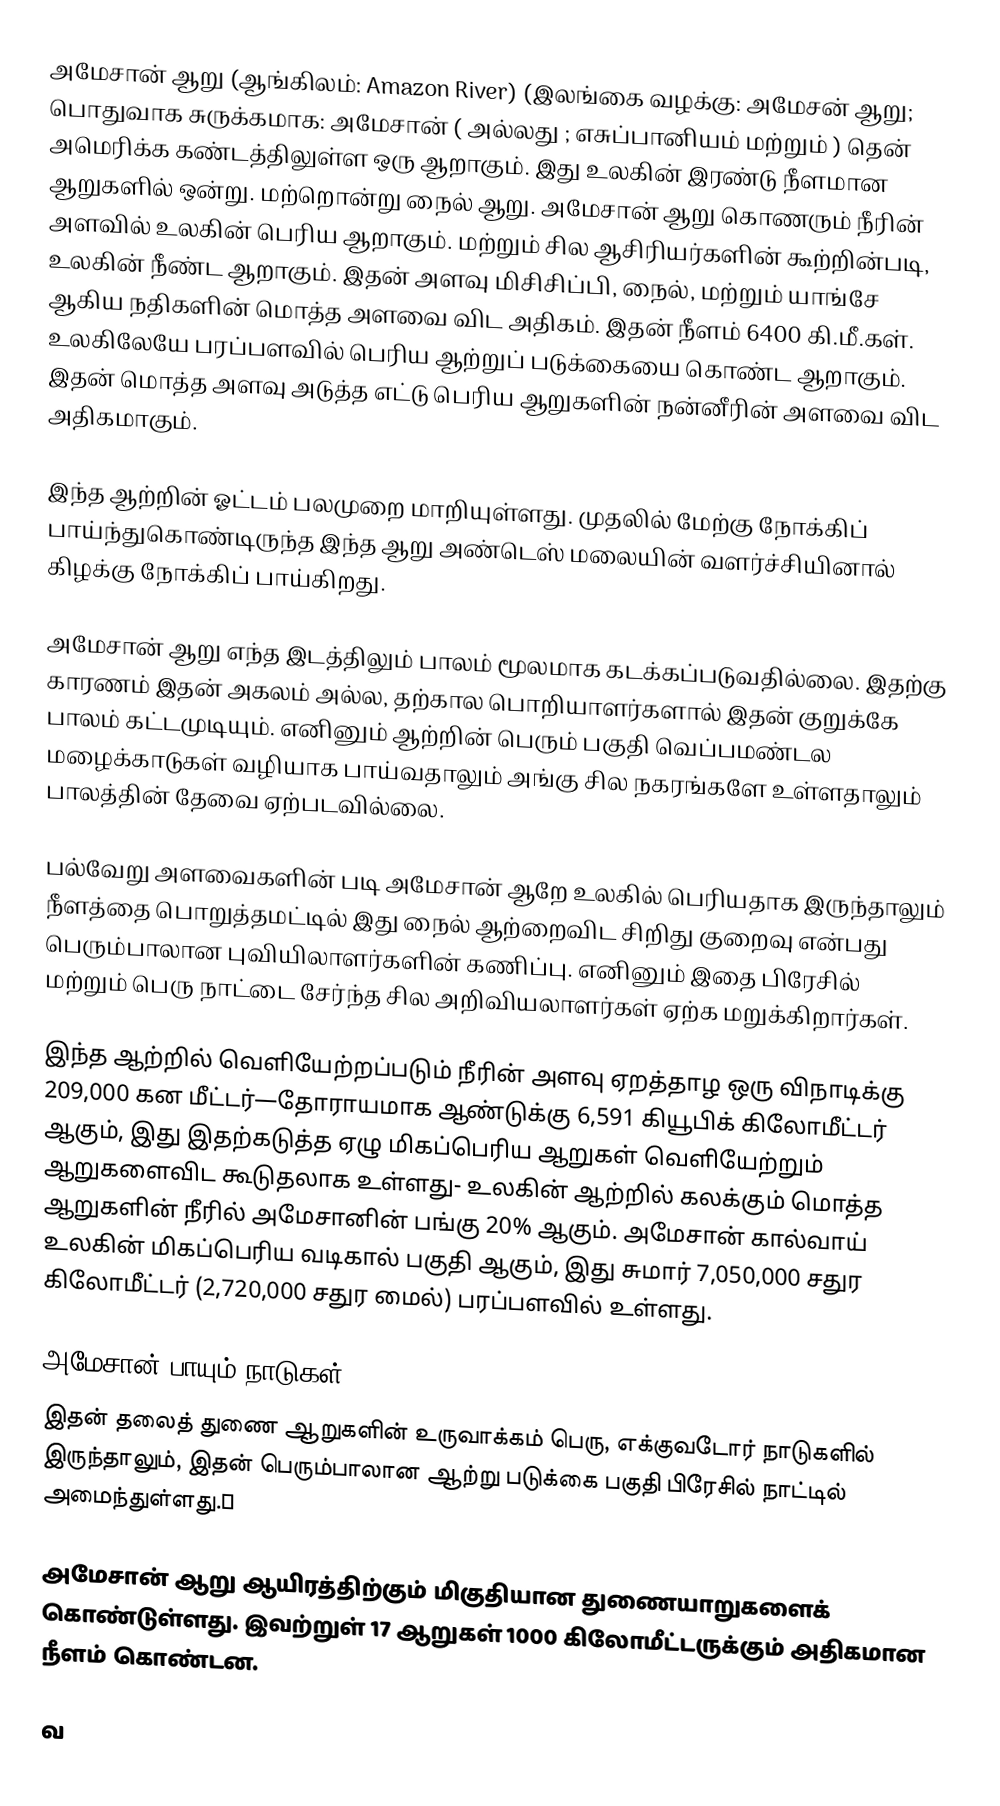
அமேசான் ஆறு (ஆங்கிலம்: Amazon River) (இலங்கை வழக்கு: அமேசன் ஆறு; பொதுவாக சுருக்கமாக: அமேசான் ( அல்லது ; எசுப்பானியம் மற்றும் ) தென் அமெரிக்க கண்டத்திலுள்ள ஒரு ஆறாகும். இது உலகின் இரண்டு நீளமான ஆறுகளில் ஒன்று. மற்றொன்று நைல் ஆறு. அமேசான் ஆறு கொணரும் நீரின் அளவில் உலகின் பெரிய ஆறாகும்.   மற்றும் சில ஆசிரியர்களின் கூற்றின்படி, உலகின் நீண்ட ஆறாகும். இதன் அளவு மிசிசிப்பி, நைல், மற்றும் யாங்சே ஆகிய நதிகளின் மொத்த அளவை விட அதிகம். இதன் நீளம் 6400 கி.மீ.கள். உலகிலேயே பரப்பளவில் பெரிய ஆற்றுப் படுக்கையை கொண்ட ஆறாகும். இதன் மொத்த அளவு அடுத்த எட்டு பெரிய ஆறுகளின் நன்னீரின் அளவை விட அதிகமாகும்.

இந்த ஆற்றின் ஓட்டம் பலமுறை மாறியுள்ளது. முதலில் மேற்கு நோக்கிப் பாய்ந்துகொண்டிருந்த இந்த ஆறு அண்டெஸ் மலையின் வளர்ச்சியினால் கிழக்கு நோக்கிப் பாய்கிறது.

அமேசான் ஆறு எந்த இடத்திலும் பாலம் மூலமாக கடக்கப்படுவதில்லை. இதற்கு காரணம் இதன் அகலம் அல்ல, தற்கால பொறியாளர்களால் இதன் குறுக்கே பாலம் கட்டமுடியும். எனினும் ஆற்றின் பெரும் பகுதி வெப்பமண்டல மழைக்காடுகள் வழியாக பாய்வதாலும் அங்கு சில நகரங்களே உள்ளதாலும் பாலத்தின் தேவை ஏற்படவில்லை.

பல்வேறு அளவைகளின் படி அமேசான் ஆறே உலகில் பெரியதாக இருந்தாலும் நீளத்தை பொறுத்தமட்டில் இது நைல் ஆற்றைவிட சிறிது குறைவு என்பது பெரும்பாலான புவியிலாளர்களின் கணிப்பு. எனினும் இதை பிரேசில் மற்றும் பெரு நாட்டை சேர்ந்த சில அறிவியலாளர்கள் ஏற்க மறுக்கிறார்கள்.

இந்த ஆற்றில் வெளியேற்றப்படும் நீரின் அளவு ஏறத்தாழ ஒரு விநாடிக்கு 209,000 கன மீட்டர்—தோராயமாக ஆண்டுக்கு  6,591 கியூபிக் கிலோமீட்டர் ஆகும், இது இதற்கடுத்த ஏழு மிகப்பெரிய ஆறுகள் வெளியேற்றும் ஆறுகளைவிட கூடுதலாக உள்ளது- உலகின் ஆற்றில் கலக்கும் மொத்த  ஆறுகளின் நீரில் அமேசானின் பங்கு 20% ஆகும்.  அமேசான் கால்வாய் உலகின் மிகப்பெரிய வடிகால் பகுதி ஆகும், இது சுமார் 7,050,000 சதுர கிலோமீட்டர் (2,720,000 சதுர மைல்) பரப்பளவில் உள்ளது.

அமேசான் பாயும் நாடுகள்
இதன் தலைத் துணை ஆறுகளின் உருவாக்கம் பெரு, எக்குவடோர் நாடுகளில் இருந்தாலும், இதன் பெரும்பாலான ஆற்று படுக்கை பகுதி பிரேசில் நாட்டில் அமைந்துள்ளது.Đ

அமேசான் ஆறு ஆயிரத்திற்கும் மிகுதியான துணையாறுகளைக் கொண்டுள்ளது. இவற்றுள் 17 ஆறுகள் 1000 கிலோமீட்டருக்கும் அதிகமான நீளம் கொண்டன.

வ